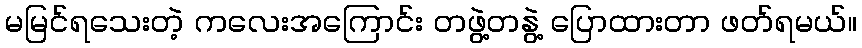
မမြင်ရသေးတဲ့ ကလေးအကြောင်း တဖွဲ့တနွဲ့ ပြောထားတာ ဖတ်ရမယ်။